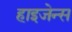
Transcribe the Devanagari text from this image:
हाइजेन्स